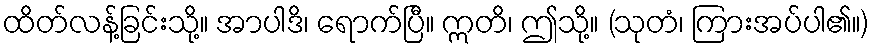
ထိတ်လန့်ခြင်းသို့။ အာပါဒိ၊ ရောက်ပြီ။ ဣတိ၊ ဤသို့။ (သုတံ၊ ကြားအပ်ပါ၏။)